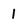
Character: 1